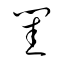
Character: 閨